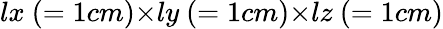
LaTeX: lx~(=1cm){\times}ly~(=1cm){\times}lz~(=1cm)